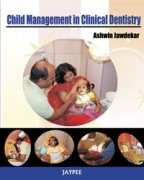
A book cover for Child Management in Clinical Dentistry; Ashwin Jawdekar; Medical Books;